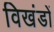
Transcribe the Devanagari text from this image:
विखंडों